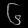
Digit: ၆